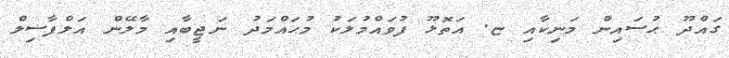
ގައްދޫ ޙުސައިން މަނިކާއި ޏ. އަތޮޅޫ ފުވައްމުލަކު މުޙައްމަދު ނަޖީބާއި މާލޭން އަލްފާޟިލް